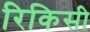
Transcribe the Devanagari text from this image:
रिकिसी